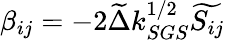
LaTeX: \beta_{ij}=-2\widetilde{\Delta}k_{SGS}^{1/2}\widetilde{S_{ij}}